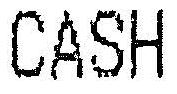
CASH